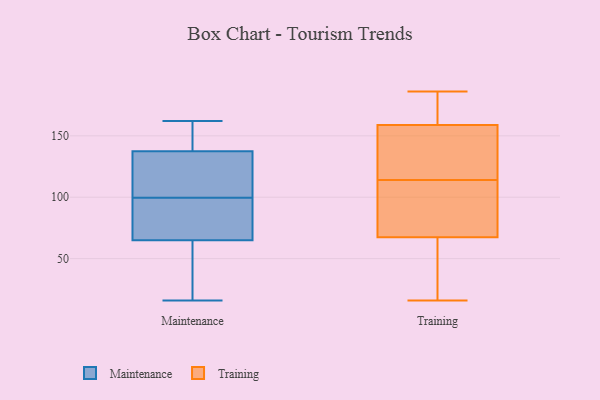
{"axis": {"x": "Backlog", "y": "Value"}, "legend": ["Maintenance", "Training"], "data": [{"x": "", "y": 113, "type": "Maintenance"}, {"x": "", "y": 150, "type": "Maintenance"}, {"x": "", "y": 23, "type": "Maintenance"}, {"x": "", "y": 57, "type": "Maintenance"}, {"x": "", "y": 99, "type": "Maintenance"}, {"x": "", "y": 39, "type": "Maintenance"}, {"x": "", "y": 139, "type": "Maintenance"}, {"x": "", "y": 156, "type": "Maintenance"}, {"x": "", "y": 136, "type": "Maintenance"}, {"x": "", "y": 84, "type": "Maintenance"}, {"x": "", "y": 162, "type": "Maintenance"}, {"x": "", "y": 100, "type": "Maintenance"}, {"x": "", "y": 73, "type": "Maintenance"}, {"x": "", "y": 16, "type": "Maintenance"}, {"x": "", "y": 91, "type": "Maintenance"}, {"x": "", "y": 104, "type": "Maintenance"}, {"x": "", "y": 129, "type": "Training"}, {"x": "", "y": 149, "type": "Training"}, {"x": "", "y": 164, "type": "Training"}, {"x": "", "y": 84, "type": "Training"}, {"x": "", "y": 50, "type": "Training"}, {"x": "", "y": 132, "type": "Training"}, {"x": "", "y": 50, "type": "Training"}, {"x": "", "y": 159, "type": "Training"}, {"x": "", "y": 164, "type": "Training"}, {"x": "", "y": 110, "type": "Training"}, {"x": "", "y": 89, "type": "Training"}, {"x": "", "y": 16, "type": "Training"}, {"x": "", "y": 186, "type": "Training"}, {"x": "", "y": 62, "type": "Training"}, {"x": "", "y": 96, "type": "Training"}, {"x": "", "y": 43, "type": "Training"}, {"x": "", "y": 176, "type": "Training"}, {"x": "", "y": 158, "type": "Training"}, {"x": "", "y": 114, "type": "Training"}]}